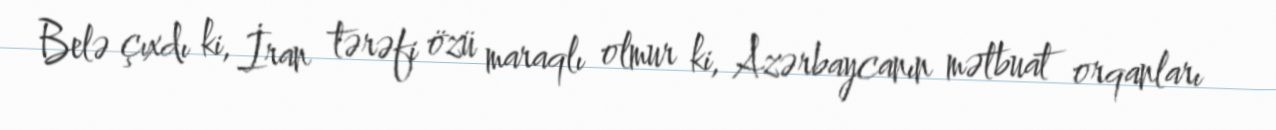
Belə çıxdı ki, İran tərəfi özü maraqlı olmur ki, Azərbaycanın mətbuat orqanları